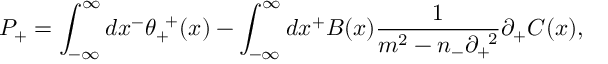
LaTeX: P _ { + } = \int _ { - { \infty } } ^ { \infty } d x ^ { - } { \theta } _ { + } ^ { \; \; + } ( x ) - \int _ { - { \infty } } ^ { \infty } d x ^ { + } B ( x ) \frac { 1 } { m ^ { 2 } - n _ { - } { \partial } _ { + } ^ { \; \; 2 } } { \partial } _ { + } C ( x ) ,